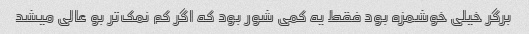
برگر خیلی خوشمزه بود فقط یه کمی شور بود که اگر کم نمک‌تر بو عالی میشد